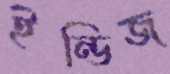
ইন্ডিজ